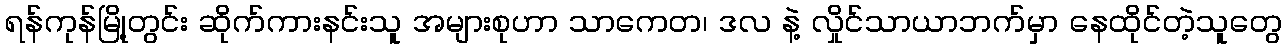
ရန်ကုန်မြို့တွင်း ဆိုက်ကားနင်းသူ အများစုဟာ သာကေတ၊ ဒလ နဲ့ လှိုင်သာယာဘက်မှာ နေထိုင်တဲ့သူတွေ